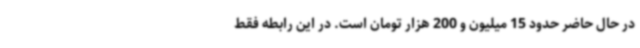
در حال حاضر حدود 15 میلیون و 200 هزار تومان است. در این رابطه فقط